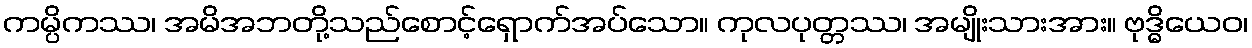
ကမ္ပိကဿ၊ အမိအဘတို့သည်စောင့်ရှောက်အပ်သော။ ကုလပုတ္တဿ၊ အမျိုးသားအား။ ဗုဒ္ဓိယေဝ၊